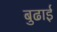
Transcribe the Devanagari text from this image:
बुढाई